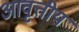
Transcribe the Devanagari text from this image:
आवृत्तीय